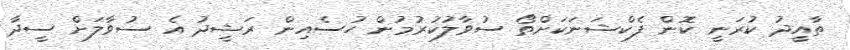
ތާއީދު ކުރަނީ ކޮން ފެކްޝަނަކަށްތޯ ސުވާލުކުރުމުން ހުސެއިން ރަޝީދު އެ ސުވާލަށް ސީދާ